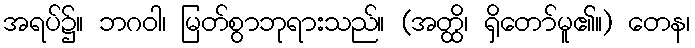
အရပ်၌။ ဘဂဝါ၊ မြတ်စွာဘုရားသည်။ (အတ္ထိ၊ ရှိတော်မူ၏။) တေန၊